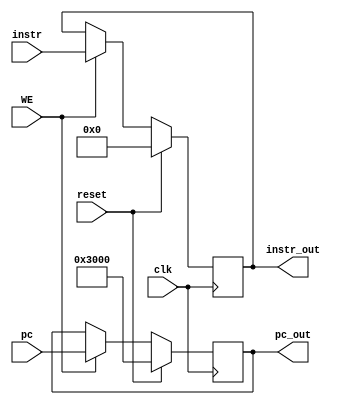
module DREG(
    input clk,
	 input reset,
	 input [31:0] pc,
	 input [31:0] instr,
	 input WE,
	 output reg [31:0] pc_out,
	 output reg [31:0] instr_out
	 );
	 initial begin
	     pc_out <= 32'h0000_3000;
		  instr_out <= 32'h0000_0000;
	 end
	 always@(posedge clk)begin
	     if(reset)begin
		      pc_out <= 32'h0000_3000;
				instr_out <= 32'h0000_0000;
		  end
		  else if(WE) begin
		      pc_out <= pc;
				instr_out <= instr;
		  end
	 end


endmodule